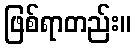
ဖြစ်ရာတည်း။